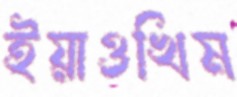
ইয়াওখিম